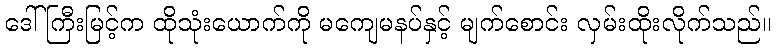
ဒေါ်ကြီးမြင့်က ထိုသုံးယောက်ကို မကျေမနပ်နှင့် မျက်စောင်း လှမ်းထိုးလိုက်သည်။